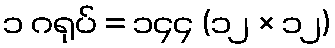
၁ ဂရုပ် = ၁၄၄ (၁၂ × ၁၂)